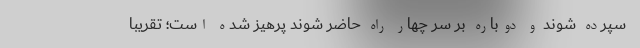
سپرده شوند و دوباره بر سر چهار راه حاضر شوند پرهیز شده است؛ تقریبا